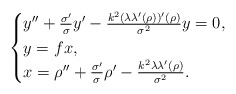
\begin{align*}\begin{cases}y''+\frac{\sigma'}{\sigma}y'-\frac{k^2(\lambda\lambda'(\rho))'(\rho)}{\sigma^2}y=0,\\y=f x,\\x=\rho''+\frac{\sigma'}{\sigma}\rho'-\frac{k^2\lambda\lambda'(\rho)}{\sigma^2}.\end{cases}\end{align*}